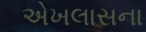
એખલાસના